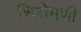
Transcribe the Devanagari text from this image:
शिरोमणी